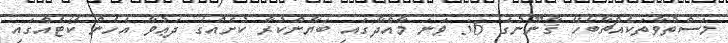
މަސްތުވާތަކެއްޗާބެހޭ ޤާނޫނުގެ 36 ވަނަ މާއްދާގައި ބަޔާންކުރާ ކުށެއްގެ ދަޢުވާ އެހެން ކޯޓެއްގައި